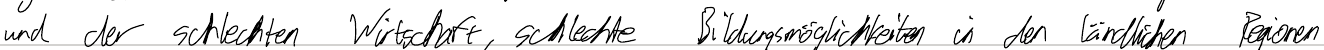
und der schlechten Wirtschaft, schlechte Bildungsmöglichkeiten in den ländlichen Regionen